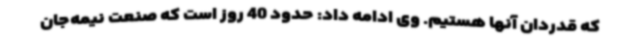
که قدردان آنها هستیم. وی ادامه داد: حدود 40 روز است که صنعت نیمه‌جان